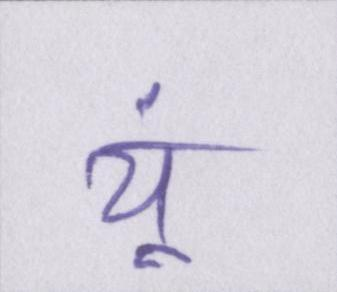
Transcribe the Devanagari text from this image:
यूं